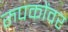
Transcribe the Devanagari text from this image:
रुपकोंवर